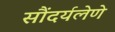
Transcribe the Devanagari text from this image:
सौंदर्यलेणे